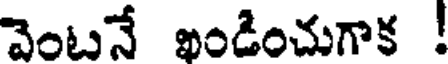
వెంటనే ఖండించుగాక !